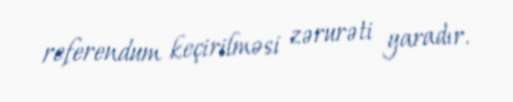
referendum keçirilməsi zərurəti yaradır.